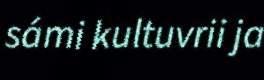
sámi kultuvrii ja